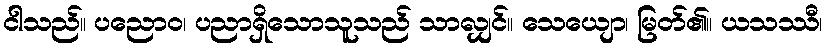
ငါသည်။ ပညောဝ၊ ပညာရှိသောသူသည် သာလျှင်။ သေယျော၊ မြတ်၏။ ယသဿီ၊